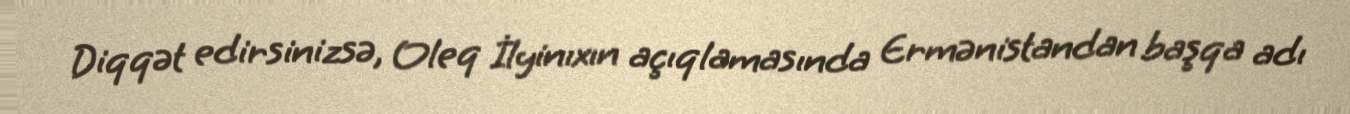
Diqqət edirsinizsə, Oleq İlyinıxın açıqlamasında Ermənistandan başqa adı